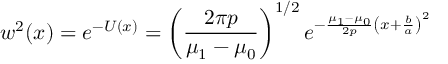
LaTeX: w ^ { 2 } ( x ) = e ^ { - U ( x ) } = \left( { \frac { 2 \pi p } { \mu _ { 1 } - \mu _ { 0 } } } \right) ^ { 1 / 2 } e ^ { - { \frac { \mu _ { 1 } - \mu _ { 0 } } { 2 p } } \left( x + { \frac { b } { a } } \right) ^ { 2 } }